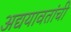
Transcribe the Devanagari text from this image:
अद्ययावतांची